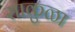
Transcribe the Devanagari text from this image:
साकुळा